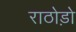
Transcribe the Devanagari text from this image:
राठोड़ो